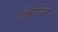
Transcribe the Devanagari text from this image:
डोमिटियन